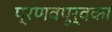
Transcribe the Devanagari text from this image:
प्रणवपूर्वका